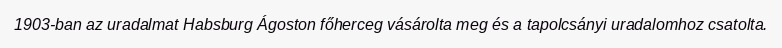
1903-ban az uradalmat Habsburg Ágoston főherceg vásárolta meg és a tapolcsányi uradalomhoz csatolta.